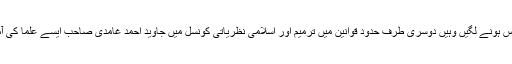
جہاں مخلوط میراتھن ریس ہونے لگیں وہیں دوسری طرف حدود قوانین میں ترمیم اور اسلامی نظریاتی کونسل میں جاوید احمد غامدی صاحب ایسے علما کی آمد کا سلسلہ شروع ہوگیا۔